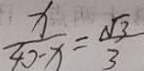
\frac { x } { 4 0 - x } = \frac { \sqrt { 3 } } { 3 }